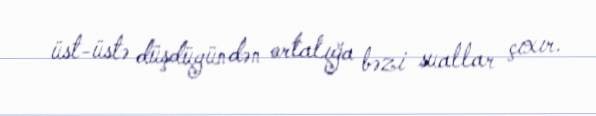
üst-üstə düşdüyündən ortalığa bəzi suallar çıxır.